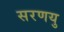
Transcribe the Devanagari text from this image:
सरणयु